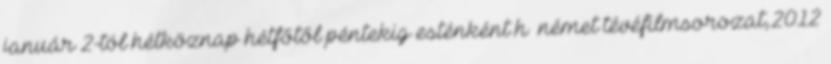
január 2-tól hétköznap hétfőtől péntekig esténként h� német tévéfilmsorozat,2012